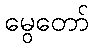
မွေတော်